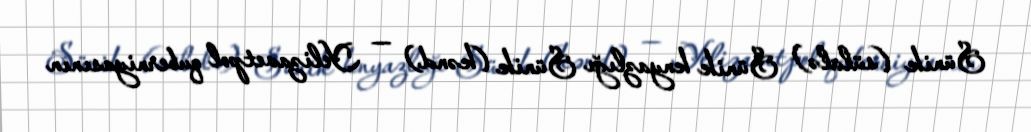
Sünik (sülalə) Sünik knyazlığı Sünik (kənd) — Yelizavetpol quberniyasının